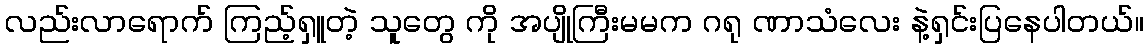
လည်းလာရောက် ကြည့်ရှူတဲ့ သူတွေ ကို အပျိုကြီးမမက ဂရု ဏာသံလေး နဲ့ရှင်းပြနေပါတယ်။